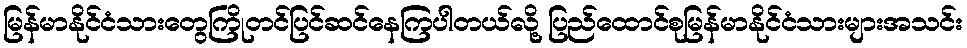
မြန်မာနိုင်ငံသားတွေကြိုတင်ပြင်ဆင်နေကြပါတယ်လို့ ပြည်ထောင်စုမြန်မာနိုင်ငံသားများအသင်း